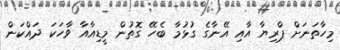
މިހާތަނަށް ޕްރިޔާ އާއި އޭނާގެ ގުޅުމާ ބެހޭ ގޮތުން މީޑިއާއާ ވާހަކަ ދައްކަން